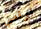
ارقصي